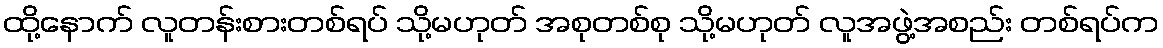
ထို့နောက် လူတန်းစားတစ်ရပ် သို့မဟုတ် အစုတစ်စု သို့မဟုတ် လူအဖွဲ့အစည်း တစ်ရပ်က